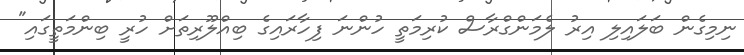
ނިމިގެން ބަލައިލި އިރު ލެމަންގްރާސް ކުރިމަތީ ހުންނަ ފިހާރައިގެ ބިއްލޫރިތަށް ހުރީ ބިންމަތީގައި"